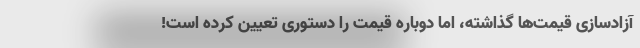
آزادسازی قیمت‌ها گذاشته، اما دوباره قیمت را دستوری تعیین کرده است!